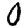
Digit: 0